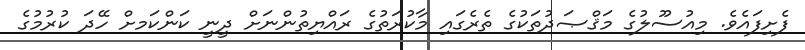
ފެށިފައެވެ. މިއުސޫލުގެ މަޤްޞަދުތަކުގެ ތެރެގައި މާކުރަތުގެ ރައްޔިތުންނަށް ދީނީ ކަންކަމށް ހޭދަ ކުރުމުގެ